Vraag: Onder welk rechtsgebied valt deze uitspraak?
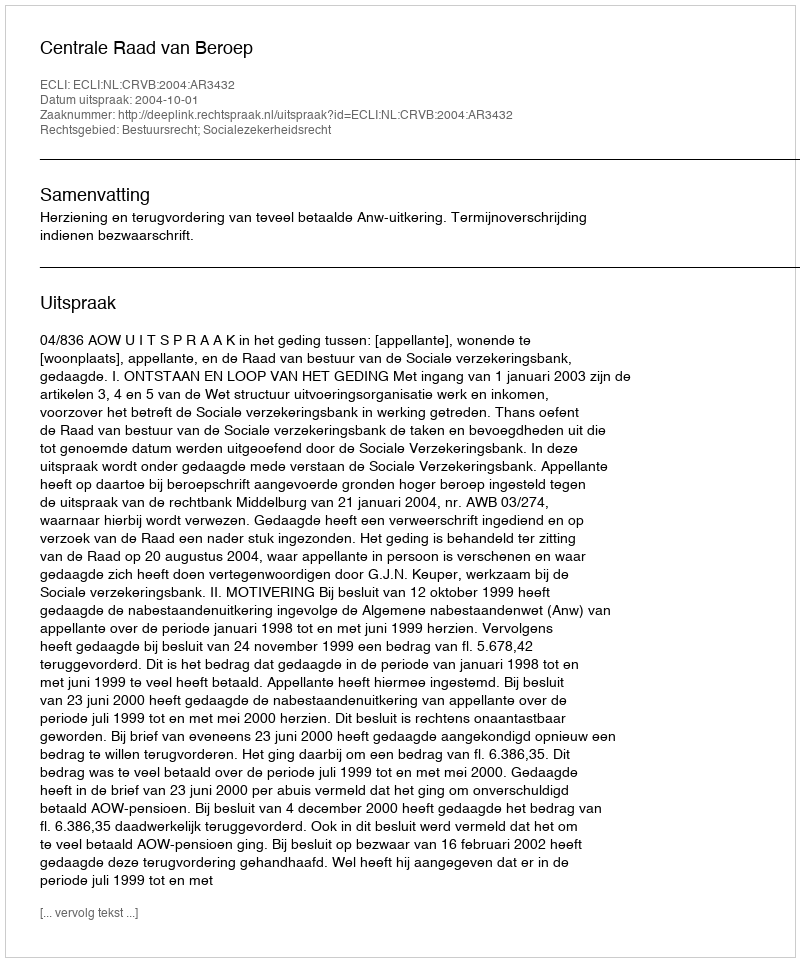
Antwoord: Bestuursrecht; Socialezekerheidsrecht